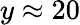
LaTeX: y\approx 20